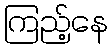
ကြည့်နေ